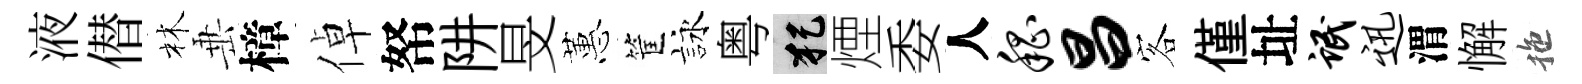
液僣林𡸁樟倬帑阱旻蕙筐詠粤犯煙委人嵇昌客僅址氓迅渭懈拖